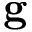
\mathbf g